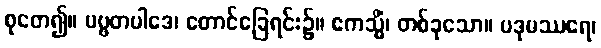
စုတေ၍။ ပဗ္ဗတပါဒေ၊ တောင်ခြေရင်း၌။ ဧကသ္မိံ၊ တစ်ခုသော။ ပဒုမဿရေ၊